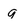
Character: q